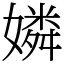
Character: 嫾